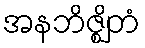
အနဘိဇ္ဈိတံ